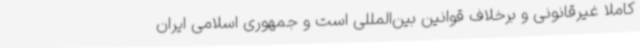
کاملاً غیرقانونی و برخلاف قوانین بین‌المللی است و جمهوری اسلامی ایران